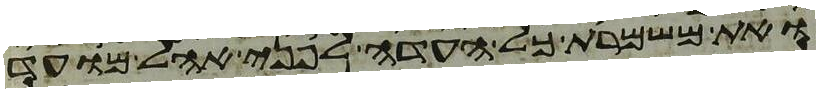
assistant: ואת משמרת כל העדה לפני אהל מועד